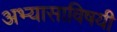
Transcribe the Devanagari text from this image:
अभ्यासाविषयी